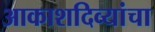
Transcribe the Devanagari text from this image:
आकाशदिव्यांचा